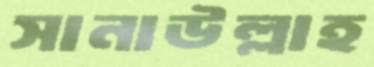
সানাউল্লাহ